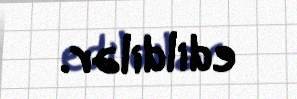
edildilər.